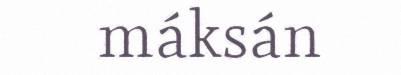
máksán